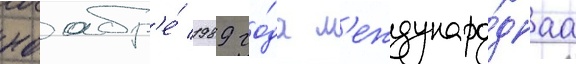
ноабр'е́ 1989 го́да м'еждунаро́днаа